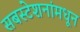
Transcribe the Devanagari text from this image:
सबस्टेशनांमधून